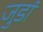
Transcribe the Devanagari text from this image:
जुडां